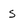
Character: s